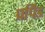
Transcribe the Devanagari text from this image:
प्रपिंड